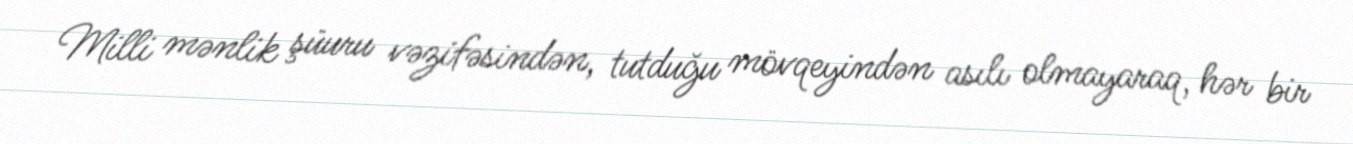
Milli mənlik şüuru vəzifəsindən, tutduğu mövqeyindən asılı olmayaraq, hər bir